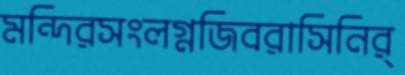
মন্দিরসংলগ্নজিবরাসিনির্